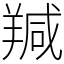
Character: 羬